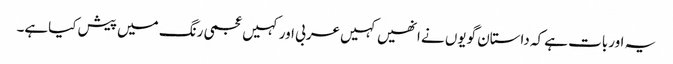
یہ اوربات ہے کہ داستان گویوں نے انھیں کہیں عربی اورکہیں عجمی رنگ میں پیش کیاہے۔